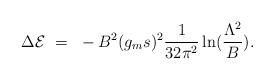
LaTeX: \begin{align*}\Delta {\cal E} ~=~ - B^2 (g_ms)^2{1\over 32 \pi^2} \ln ({\Lambda^2\over B}).\end{align*}